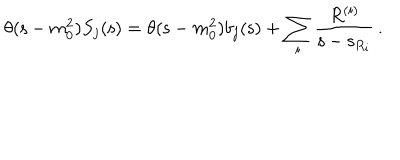
\theta ( { \mathsf s } - m _ { 0 } ^ { 2 } ) S _ { j } ( { \mathsf s } ) = \theta ( { \mathsf s } - m _ { 0 } ^ { 2 } ) b _ { j } ( { \mathsf s } ) + \sum _ { i } \frac { R ^ { ( i ) } } { { \mathsf s } - { \mathsf s } _ { R _ { i } } } \, .